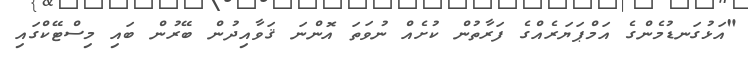
"އަޅުގަނޑުމެންގެ އަމްޕަޔަރެއްގެ ފަރާތުން ކުށެއް ނުވަތަ އޮންނަ ޤަވާއިދުން ބޭރުން ބައި މިސްޓޭކްގައި